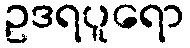
ဥဒရပူရော